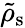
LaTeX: \tilde{\mathbf{\rho}}_{\mathrm{s}}